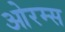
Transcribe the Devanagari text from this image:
ओरम्स